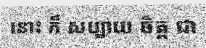
នោះ ក៏ សប្បាយ ចិត្ត ជា